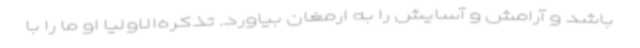
باشد و آرامش و آسایش را به ارمغان بیاورد. تذکره‌الاولیا او ما را با